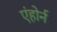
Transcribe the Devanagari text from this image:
एंहोर्न